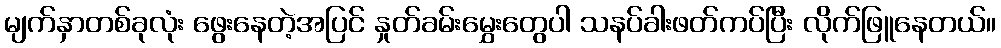
မျက်နှာတစ်ခုလုံး ဖွေးနေတဲ့အပြင် နှုတ်ခမ်းမွှေးတွေပါ သနပ်ခါးဖတ်ကပ်ပြီး လိုက်ဖြူနေတယ်။